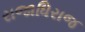
રાજાધિરાજ